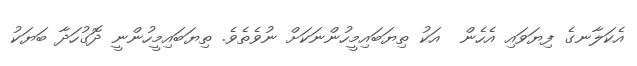
އެކަލާނގެ ފިޔަވައި އެހެން  އަކު ތިޔަބައިމީހުންނަކަށް ނުވެތެވެ. ތިޔަބައިމީހުންނީ ދޮގުހަދާ ބަޔަކު